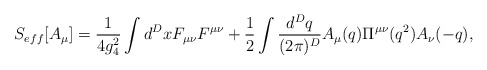
\begin{align*}S_{eff}[A_\mu] = {1\over 4 g_4^2}\int d^D x F_{\mu\nu} F^{\mu\nu} + {1\over 2}\int {d^D q\over (2\pi)^D} A_\mu(q) \Pi^{\mu\nu}(q^2) A_\nu(-q),\end{align*}